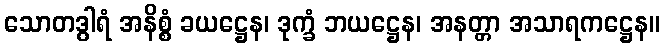
သောတဒွါရံ အနိစ္စံ ခယဋ္ဌေန၊ ဒုက္ခံ ဘယဋ္ဌေန၊ အနတ္တာ အသာရကဋ္ဌေန။